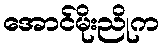
အောင်မိုးညိုက